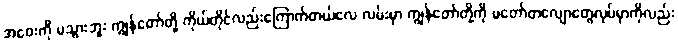
အဝေးကို မသွားဘူး ကျွန်တော်တို့ ကိုယ်တိုင်လည်းကြောက်တယ်လေ လမ်းမှာ ကျွန်တော်တို့ကို မတော်တလျောတွေလုပ်မှာကိုလည်း